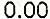
0.00